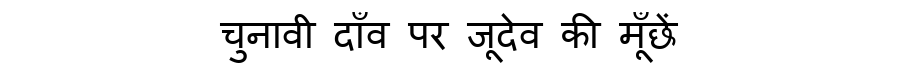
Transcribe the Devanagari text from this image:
चुनावी दाँव पर जूदेव की मूँछें